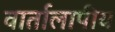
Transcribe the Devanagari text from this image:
वार्तालापीय